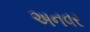
અનવર